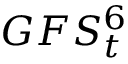
G F S _ { t } ^ { 6 }